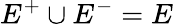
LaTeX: E^{+}\cup E^{-}=E